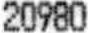
20980